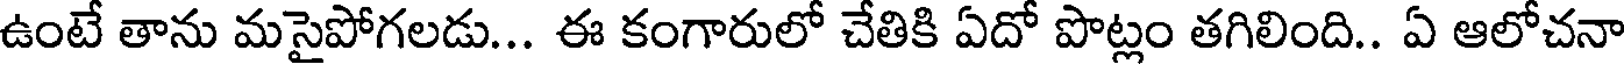
ఉంటే తాను మసైపోగలడు... ఈ కంగారులో చేతికి ఏదో పొట్లం తగిలింది.. ఏ ఆలోచనా